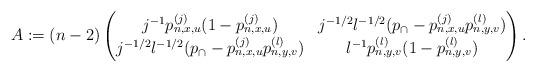
LaTeX: \begin{align*}A:= (n-2)\begin{pmatrix} j^{-1}p_{n,x,u}^{(j)}(1-p_{n,x,u}^{(j)}) & j^{-1/2}l^{-1/2}(p_\cap-p_{n,x,u}^{(j)}p_{n,y,v}^{(l)}) \\ j^{-1/2}l^{-1/2}(p_\cap-p_{n,x,u}^{(j)}p_{n,y,v}^{(l)}) & l^{-1}p_{n,y,v}^{(l)}(1-p_{n,y,v}^{(l)}) \end{pmatrix}.\end{align*}